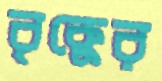
বৃক্কের